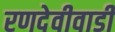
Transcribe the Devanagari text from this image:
रणदेवीवाडी